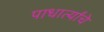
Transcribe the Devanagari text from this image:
पाधार्त्यांचे